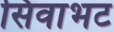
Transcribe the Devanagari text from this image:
सिवाभट